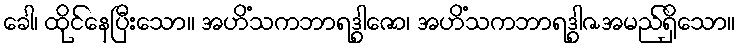
ခေါ၊ ထိုင်နေပြီးသော။ အဟိံသကဘာရဒွါဇော၊ အဟိံသကဘာရဒွါဇအမည်ရှိသော။